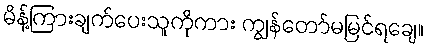
မိန့်ကြားချက်ပေးသူကိုကား ကျွန်တော်မမြင်ရချေ။